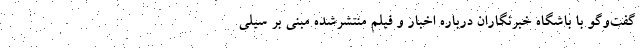
گفت‌وگو با باشگاه خبرنگاران درباره اخبار و فیلم منتشرشده مبنی بر سیلی